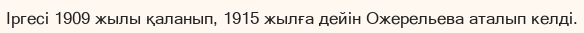
Іргесі 1909 жылы қаланып, 1915 жылға дейін Ожерельева аталып келді.